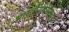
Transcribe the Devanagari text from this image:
भारतीयपणाच्या